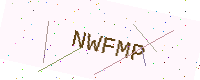
Text: NWFMP